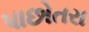
પાછોતરા